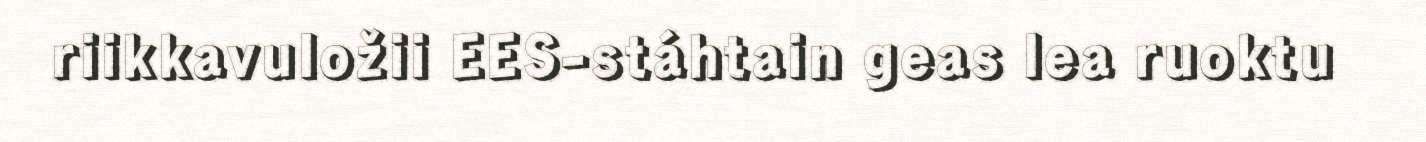
riikkavuložii EES-stáhtain geas lea ruoktu